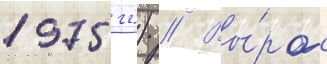
1975 гг.) // Вы́рос